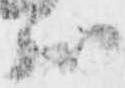
状